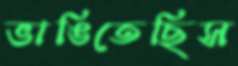
ভাঙিতেছিস